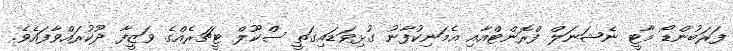
ފަރަބުންޑޯ މާޓީ ނެޝަނަލް ފްރޮންޓްއާއި އެމަނިކުފާނު ގުޅިވަޑައިގަތީ ސްކޫލް ޓީޗަރެއްގެ ވަޒީފާ ދޫކުރައްވާފައެވެ.